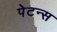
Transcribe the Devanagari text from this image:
पेटन्स